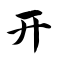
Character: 开